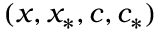
( x , x _ { * } , c , c _ { * } )